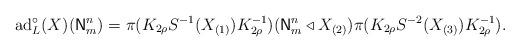
LaTeX: \begin{align*}\mathrm{ad}_{L}^{\circ}(X)(\mathsf{N}_{m}^{n}) =\pi(K_{2\rho}S^{-1}(X_{(1)})K_{2\rho}^{-1})(\mathsf{N}_{m}^{n}\triangleleft X_{(2)})\pi(K_{2\rho}S^{-2}(X_{(3)})K_{2\rho}^{-1}).\end{align*}